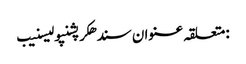
:متعلقہ عنوان سندھکرپشنپولیسنیب